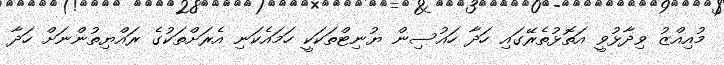
މުއިއްޒު ވިދާޅުވީ އަތޮޅުތެރޭގައި ހަދާ ހައުސިން ޔުނިޓްތަކަކީ ހަމައެކަނި އެރަށްތަކުގެ ރައްޔިތުންނަށް ހަދާ